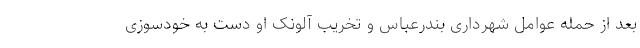
بعد از حمله عوامل شهرداری بندرعباس و تخریب آلونک او دست به خودسوزی